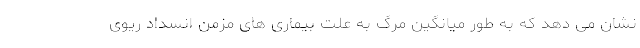
نشان می دهد که به طور میانگین مرگ به علت بیماری های مزمن انسداد ریوی